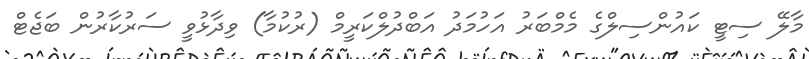
މާލޭ ސިޓީ ކައުންސިލްގެ މެމްބަރު އަހުމަދު އަބްދުލްކަރީމް (ރުކުމާ) ވިދާޅުވީ ސަރުކާރުން ބަޖެޓް